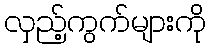
လှည့်ကွက်များကို